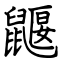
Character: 鼴